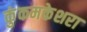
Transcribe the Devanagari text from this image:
कुंकमकेशरा